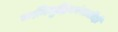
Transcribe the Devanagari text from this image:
ध्वनिमुद्रिकांसाठीही